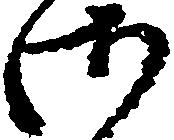
御